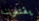
يقتلوننا